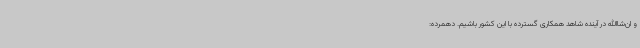
و ان‌شاالله در آینده شاهد همکاری گسترده با این کشور باشیم. دهمرده: